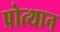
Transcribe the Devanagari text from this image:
प्रोत्थान